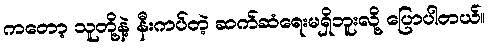
ကတော့ သူတို့နဲ့ နီးကပ်တဲ့ ဆက်ဆံရေးမရှိဘူးလို့ ပြောပါတယ်။